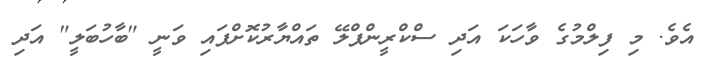
އެވެ. މި ފިލްމުގެ ވާހަކަ އަދި ސްކްރީންޕްލޭ ތައްޔާރުކޮށްފައި ވަނީ "ބާހުބަލީ" އަދި